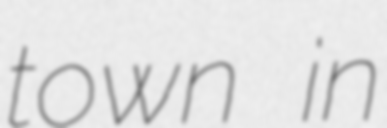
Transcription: town in